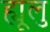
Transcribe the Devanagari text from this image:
ह्यूलु